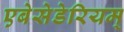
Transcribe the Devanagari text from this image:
एबेसेडेरियम्